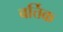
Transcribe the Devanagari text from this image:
वर्त्तिक